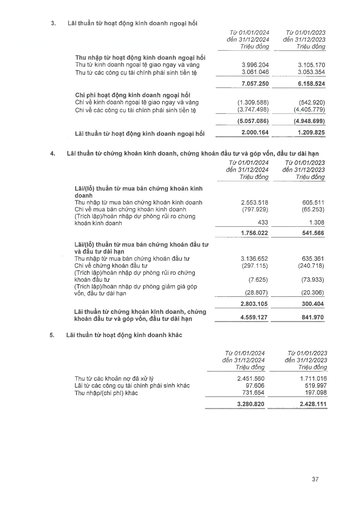
||Từ 01/01/2024 đến 31/12/2024 Triệu đồng|Từ 01/01/2023 đến 31/12/2023 Triệu đồng| |---|---|---| |Thu nhập từ hoạt động kinh doanh ngoại hối||| |Thu từ kinh doanh ngoại tệ giao ngay và vàng|3.996.204|3.105.170| |Thu từ các công cụ tài chính phái sinh tiền tệ|3.061.046|3.053.354| ||7.057.250|6.158.524| |Chi phí hoạt động kinh doanh ngoại hối||| |Chi về kinh doanh ngoại tệ giao ngay và vàng|(1.309.588)|(542.920)| |Chi về các công cụ tài chính phái sinh tiền tệ|(3.747.498)|(4.405.779)| ||(5.057.086)|(4.948.699)| |Lãi thuần từ hoạt động kinh doanh ngoại hối|2.000.164|1.209.825| ||Từ 01/01/2024 đến 31/12/2024 Triệu đồng|Từ 01/01/2023 đến 31/12/2023 Triệu đồng| |---|---|---| |Lãi/(lỗ) thuần từ mua bán chứng khoán kinh doanh||| |Thu nhập từ mua bán chứng khoán kinh doanh|2.553.518|605.511| |Chi về mua bán chứng khoán kinh doanh|(797.929)|(65.253)| |(Trích lập)/hoàn nhập dự phòng rủi ro chứng khoán kinh doanh|433|1.308| ||1.756.022|541.566| |Lãi/(Lỗ) thuần từ mua bán chứng khoán đầu tư và đầu tư dài hạn||| |Thu nhập từ mua bán chứng khoán đầu tư|3.136.652|635.361| |Chi về chứng khoán đầu tư|(297.115)|(240.718)| |(Trích lập)/hoàn nhập dự phòng rủi ro chứng khoán đầu tư|(7.625)|(73.933)| |(Trích lập)/hoàn nhập dự phòng giảm giá góp vốn, đầu tư dài hạn|(28.807)|(20.306)| ||2.803.105|300.404| |Lãi thuần từ chứng khoán kinh doanh, chứng khoán đầu tư và góp vốn, đầu tư dài hạn|4.559.127|841.970| ||Từ 01/01/2024 đến 31/12/2024 Triệu đồng|Từ 01/01/2023 đến 31/12/2023 Triệu đồng| |---|---|---| |Thu từ các khoản nợ đã xử lý|2.451.560|1.711.016| |Lãi từ các công cụ tài chính phái sinh khác|97.606|519.997| |Thu nhập/(chi phí) khác|731.654|197.098| ||3.280.820|2.428.111|